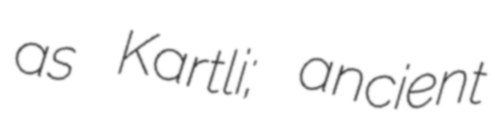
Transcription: as Kartli; ancient